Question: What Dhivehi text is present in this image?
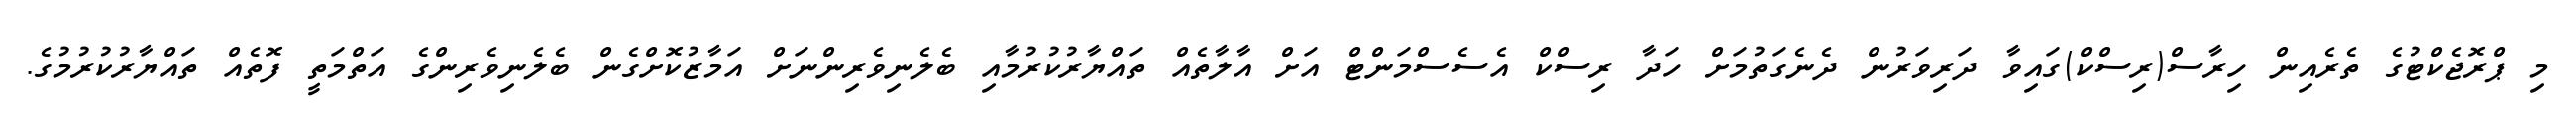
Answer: މި ޕްރޮޖެކްޓުގެ ތެރެއިން ހިރާސް(ރިސްކް)ގައިވާ ދަރިވަރުން ދެނެގަތުމަށް ހަދާ ރިސްކް އެސެސްމަންޓް އަށް އާލާތެއް ތައްޔާރުކުރުމާއި ބެލެނިވެރިންނަށް އަމާޒުކޮށްގެން ބެލެނިވެރިންގެ އަތްމަތީ ފޮތެއް ތައްޔާރުކުރުމުގެ.